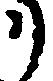
リ